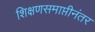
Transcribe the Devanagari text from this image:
शिक्षणसमाप्तीनंतर